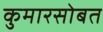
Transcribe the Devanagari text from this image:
कुमारसोबत